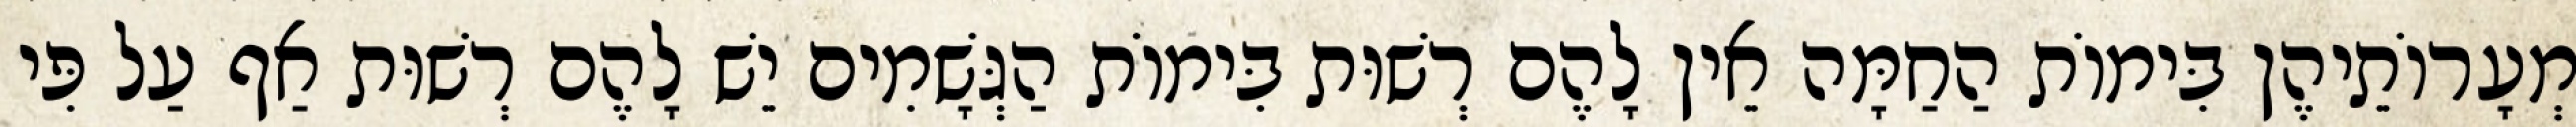
מְעָרוֹתֵיהֶן בִּימוֹת הַחַמָּה אֵין לָהֶם רְשׁוּת בִּימוֹת הַגְּשָׁמִים יֵשׁ לָהֶם רְשׁוּת אַף עַל פִּי